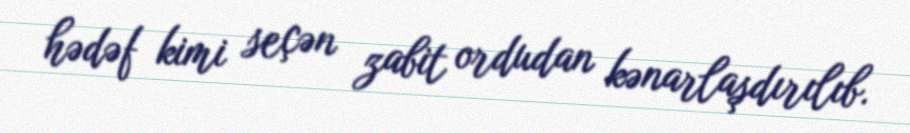
hədəf kimi seçən zabit ordudan kənarlaşdırılıb.